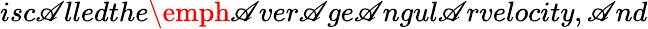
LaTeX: isc\mathscr{A}lledthe\emph{{\mathscr{A}ver\mathscr{A}ge\mathscr{A}ngul\mathscr{A}rvelocity}},\mathscr{A}nd